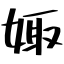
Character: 娵